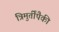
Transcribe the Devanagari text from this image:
त्रिमुर्तींपैकी